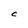
Character: C